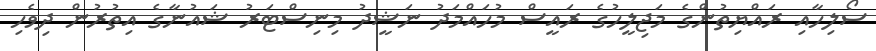
ސޯލިހާއި ރައްޔިތުންގެ މަޖިލީހުގެ ރައީސް މުހައްމަދު ނަޝީދު މިނިސްޓަރު ޝައުނާގެ އިތުރުން ދިވެހި